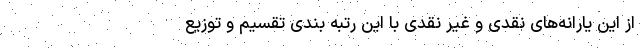
از این یارانه‌های نقدی و غیر نقدی با این رتبه بندی تقسیم و توزیع